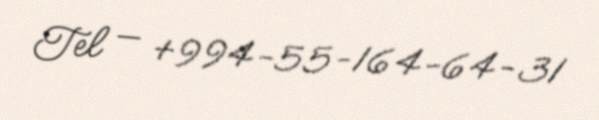
Tel — +994-55-164-64-31